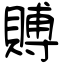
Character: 賻